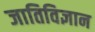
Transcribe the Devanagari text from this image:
जातिविज्ञान